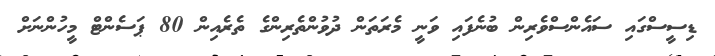
ޑިސީސްގައި ސައެންސްވެރިން ބުނެފައި ވަނީ މެރަތަން ދުވުންތެރިންގެ ތެރެއިން 80 ޕަސެންޓް މީހުންނަށް